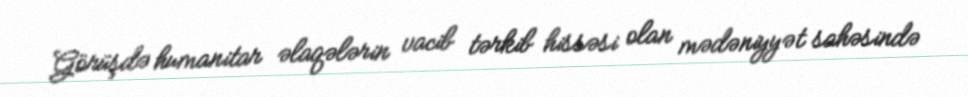
Görüşdə humanitar əlaqələrin vacib tərkib hissəsi olan mədəniyyət sahəsində